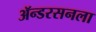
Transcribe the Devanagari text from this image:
ॲन्डरसनला